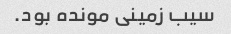
سیب زمینی مونده بود.